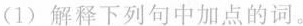
(1)解释下列句中加点的词。